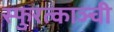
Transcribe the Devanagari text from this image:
स्फुरत्काञ्ची